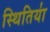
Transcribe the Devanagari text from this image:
स्थितिया॑